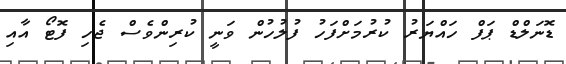
ޑޮނަލްޑް ޕަފް ހައްޔަރު ކުރުމަށްފަހު ފުލުހުން ވަނީ ކުރިންވެސް ޖެހި ފޮޓޯ އާއި